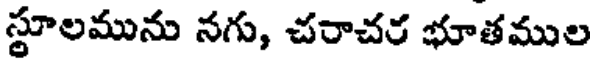
స్థూలమును నగు, చరాచర భూతముల